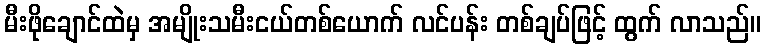
မီးဖိုချောင်ထဲမှ အမျိုးသမီးငယ်တစ်ယောက် လင်ပန်း တစ်ချပ်ဖြင့် ထွက် လာသည်။